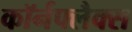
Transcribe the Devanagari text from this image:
कॉर्नफ्लैक्स